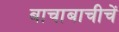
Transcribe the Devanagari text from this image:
बाचाबाचीचें